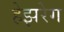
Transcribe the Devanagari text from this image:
हेझरेग